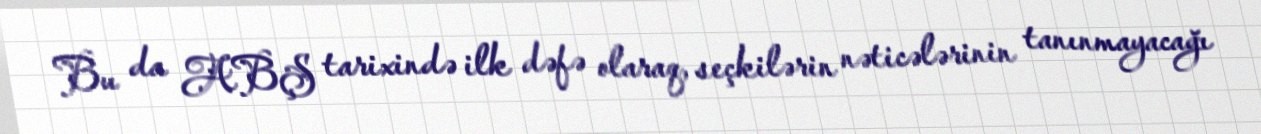
Bu da ABŞ tarixində ilk dəfə olaraq, seçkilərin nəticələrinin tanınmayacağı